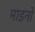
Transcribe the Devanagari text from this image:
माइनों